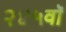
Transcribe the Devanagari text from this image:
२४५वॉ